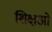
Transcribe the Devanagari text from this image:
शिक्षओं